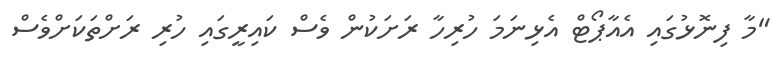
"މާ ފިނޮޅުގައި އެއާޕޯޓް އެޅިނަމަ ހުރިހާ ރަށަކުން ވެސް ކައިރީގައި ހުރި ރަށްތަކަށްވެސް